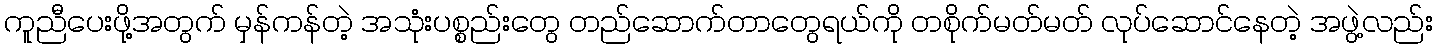
ကူညီပေးဖို့အတွက် မှန်ကန်တဲ့ အသုံးပစ္စည်းတွေ တည်ဆောက်တာတွေရယ်ကို တစိုက်မတ်မတ် လုပ်ဆောင်နေတဲ့ အဖွဲ့လည်း